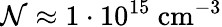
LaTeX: \mathcal{N}\approx 1\cdot 10^{15}\mathrm{~cm^{-3}}